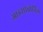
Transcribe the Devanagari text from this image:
आइसोबोर्निल